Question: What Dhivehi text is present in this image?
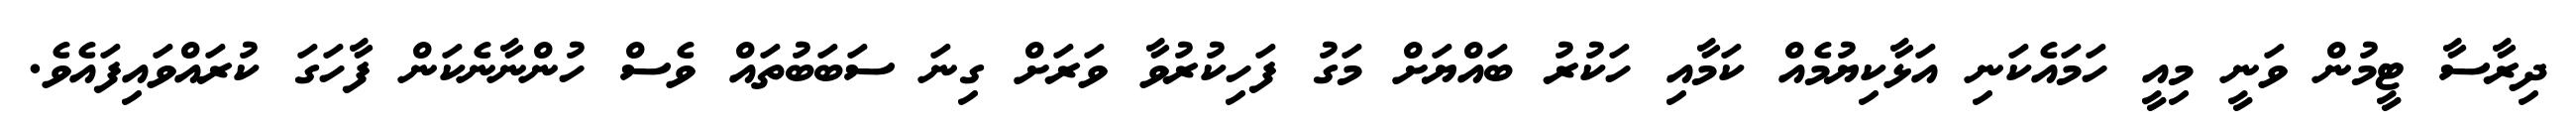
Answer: ދިރާސާ ޓީމުން ވަނީ މިއީ ހަމައެކަނި އަޅާކިޔުމެއް ކަމާއި ހަކުރު ބައްޔަށް މަގު ފަހިކުރުވާ ވަރަށް ގިނަ ސަބަބުތައް ވެސް ހުންނާނެކަން ފާހަގަ ކުރައްވައިފައެވެ.